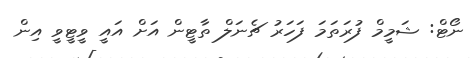
ނޯޓް: ޝަމީމް ފުރަތަމަ ފަހަރު ޗެނަލް ތާޓީން އަށް އައީ ވީޓީވީ އިން